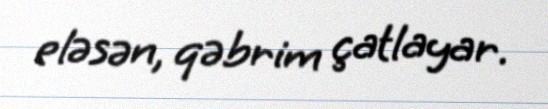
eləsən, qəbrim çatlayar.